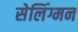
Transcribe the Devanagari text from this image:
सेलिंग्मन